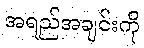
အရည်အချင်းကို